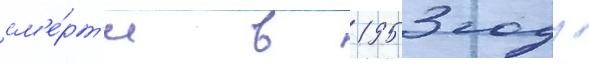
см'е́рт'и в 1953 году